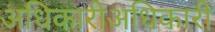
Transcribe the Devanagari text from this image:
अधिकारीअधिकारी